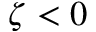
\zeta < 0